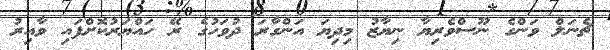
ޗެނަލް ވަންގެ ނޫސްވެރިޔާ ނިޔާޒު މިދިޔަ އަންގާރަ ދުވަހުގެ ރޭ ހައްޔަރުކޮށްފައި ވާއިރު